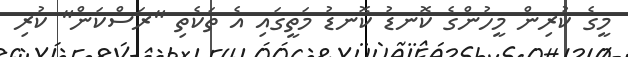
މީގެ ކުރިން މީހުންގެ ކޮނޑު ކޮނޑު މަތީގައި އެ ތަކެތި "ރަސްކަން" ކުރި